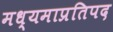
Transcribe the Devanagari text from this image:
मध्यमाप्रतिपद